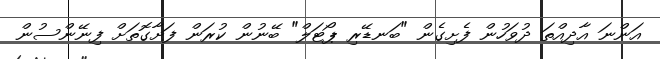
އަންނަ އާދިއްތަ ދުވަހުން ފެށިގެން "ބަނޑޭރި ޕޯޓަލް" ބޭނުން ކުރަން ފަށާގޮތަށް ފިނޭންސުން